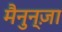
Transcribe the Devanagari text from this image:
मैनुन्ज़ा